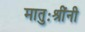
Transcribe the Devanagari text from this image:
मातुःश्रींनी